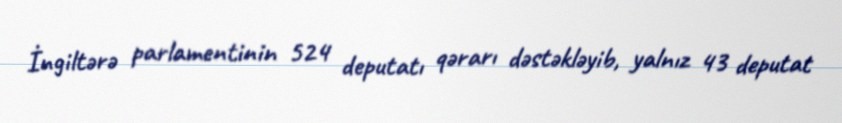
İngiltərə parlamentinin 524 deputatı qərarı dəstəkləyib, yalnız 43 deputat